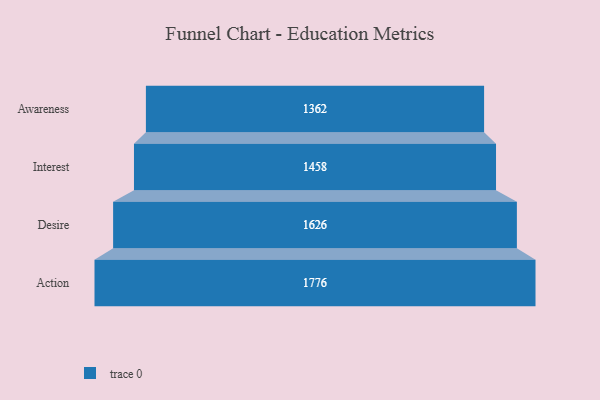
{"axis": {"x": "Stage", "y": "Value"}, "legend": [""], "data": [{"x": "Awareness", "y": 1362.0, "type": ""}, {"x": "Interest", "y": 1458.0, "type": ""}, {"x": "Desire", "y": 1626.0, "type": ""}, {"x": "Action", "y": 1776.0, "type": ""}]}